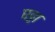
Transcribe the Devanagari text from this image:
घट्टा